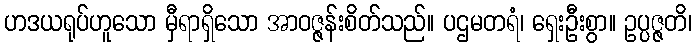
ဟဒယရုပ်ဟူသော မှီရာရှိသော အာဝဇ္ဇန်းစိတ်သည်။ ပဌမတရံ၊ ရှေးဦးစွာ။ ဥပ္ပဇ္ဇတိ၊